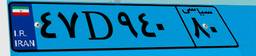
۴۷D۹۴۰۸۰